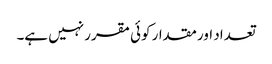
تعداد اور مقدار کوئی مقرر نہیں ہے۔